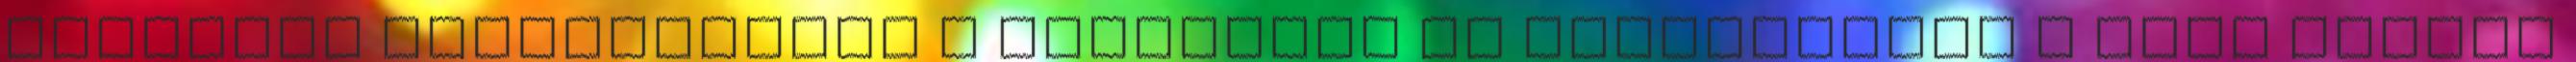
rendezői koncepcióban a szereplők is megmaradnak a fura vásári